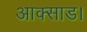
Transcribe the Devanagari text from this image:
आक्साड।